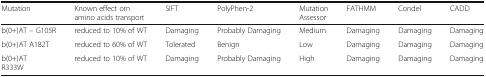
<table><thead><tr><td><b>Mutation</b></td><td><b>Known effect om amino acids transport</b></td><td><b>SIFT</b></td><td><b>PolyPhen-2</b></td><td><b>Mutation Assessor</b></td><td><b>FATHMM</b></td><td><b>Condel</b></td><td><b>CADD</b></td></tr></thead><tbody><tr><td>b(0+)AT – G105R</td><td>reduced to 10% of WT</td><td>Damaging</td><td>Probably Damaging</td><td>Medium</td><td>Damaging</td><td>Damaging</td><td>Damaging</td></tr><tr><td>b(0+)AT A182T</td><td>reduced to 60% of WT</td><td>Tolerated</td><td>Benign</td><td>Low</td><td>Damaging</td><td>Damaging</td><td>Damaging</td></tr><tr><td>b(0+)ATR333W</td><td>reduced to 10% of WT</td><td>Damaging</td><td>Probably Damaging</td><td>High</td><td>Damaging</td><td>Damaging</td><td>Damaging</td></tr></tbody></table>